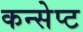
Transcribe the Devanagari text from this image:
कन्सेप्ट